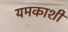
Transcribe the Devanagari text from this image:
यमकाशी